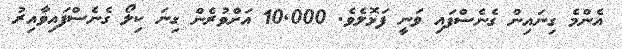
އެންމެ ގިނައިން ގެނެސްފައި ވަނީ ފަޅޮލެވެ. 10